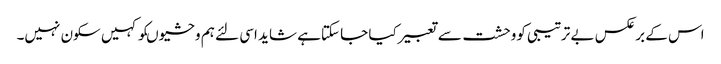
اس کے برعکس بے ترتیبی کووحشت سے تعبیرکیا جا سکتاہے شاید اسی لئے ہم وحشیوںکو کہیں سکون نہیں۔